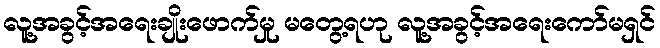
လူ့အခွင့်အရေးချိုးဖောက်မှု မတွေ့ရဟု လူ့အခွင့်အရေးကော်မရှင်